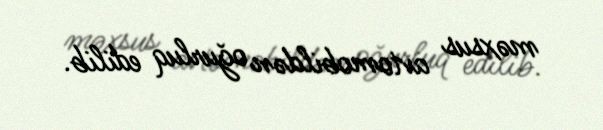
məxsus avtomobildən oğurluq edilib.